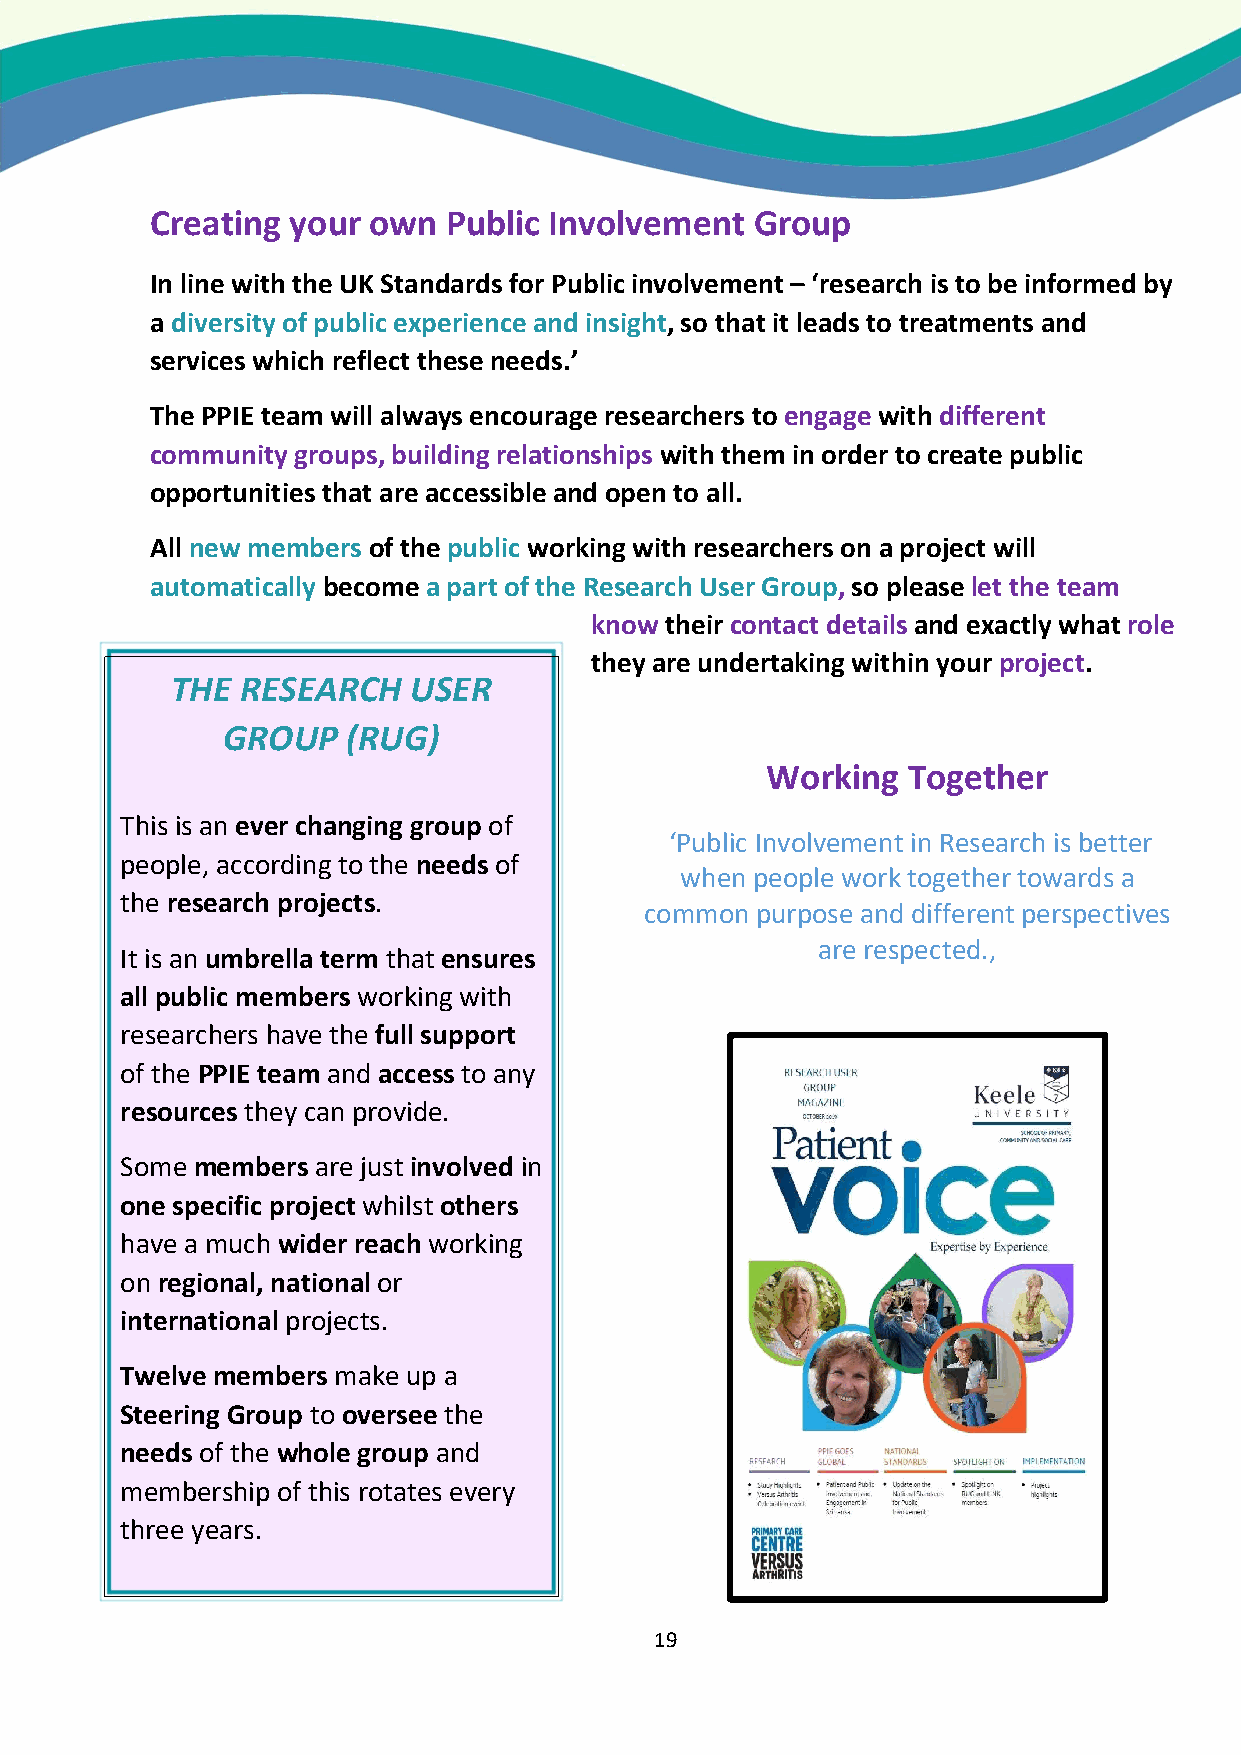
Creating your own   Public Involvement  Group
 In line with the UK Standards for Public involvement – ‘research is to be informed by
 a diversity of public experience and insight, so that it leads to treatments and
 services which reflect these needs.’
 The PPIE team will always encourage researchers to engage with different
 community groups, building relationships with them in order to create public
 opportunities that are accessible and open to all.
 All new members of the public working with researchers on a project will
 automatically become a part of the Research User Group, so please let the team
 know their contact details and exactly what role
 they are undertaking within your project.
 THE  RESEARCH   USER
 GROUP   (RUG)
 Working  Together
 This is an ever changing group of
 ‘Public Involvement in Research is better
 people, according to the needs of
 when people work together towards a
 the research projects.
 common purpose and different perspectives
 are respected.,
 It is an umbrella term that ensures
 all public members working with
 researchers have the full support
 of the PPIE team and access to any
 resources they can provide.
 Some members are just involved in
 one specific project whilst others
 have a much wider reach working
 on regional, national or
 international projects.
 Twelve members make up a
 Steering Group to oversee the
 needs of the whole group and
 membership of this rotates every
 three years.
 19